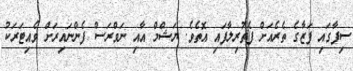
ސިފާގައި ފަޒާގެ ތެރެއަށް ފެތުރިލާފައި އޮތެވެ. ޔަޝްމް އާއި ނަވްރަސް ފެންނައިރަށް ވެއިޓަރަކު